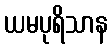
ယမပုရိသာန